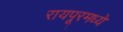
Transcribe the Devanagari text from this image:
रायपूरमध्ये